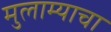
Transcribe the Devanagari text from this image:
मुलाम्याचा